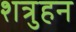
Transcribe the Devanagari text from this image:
शत्रुहन